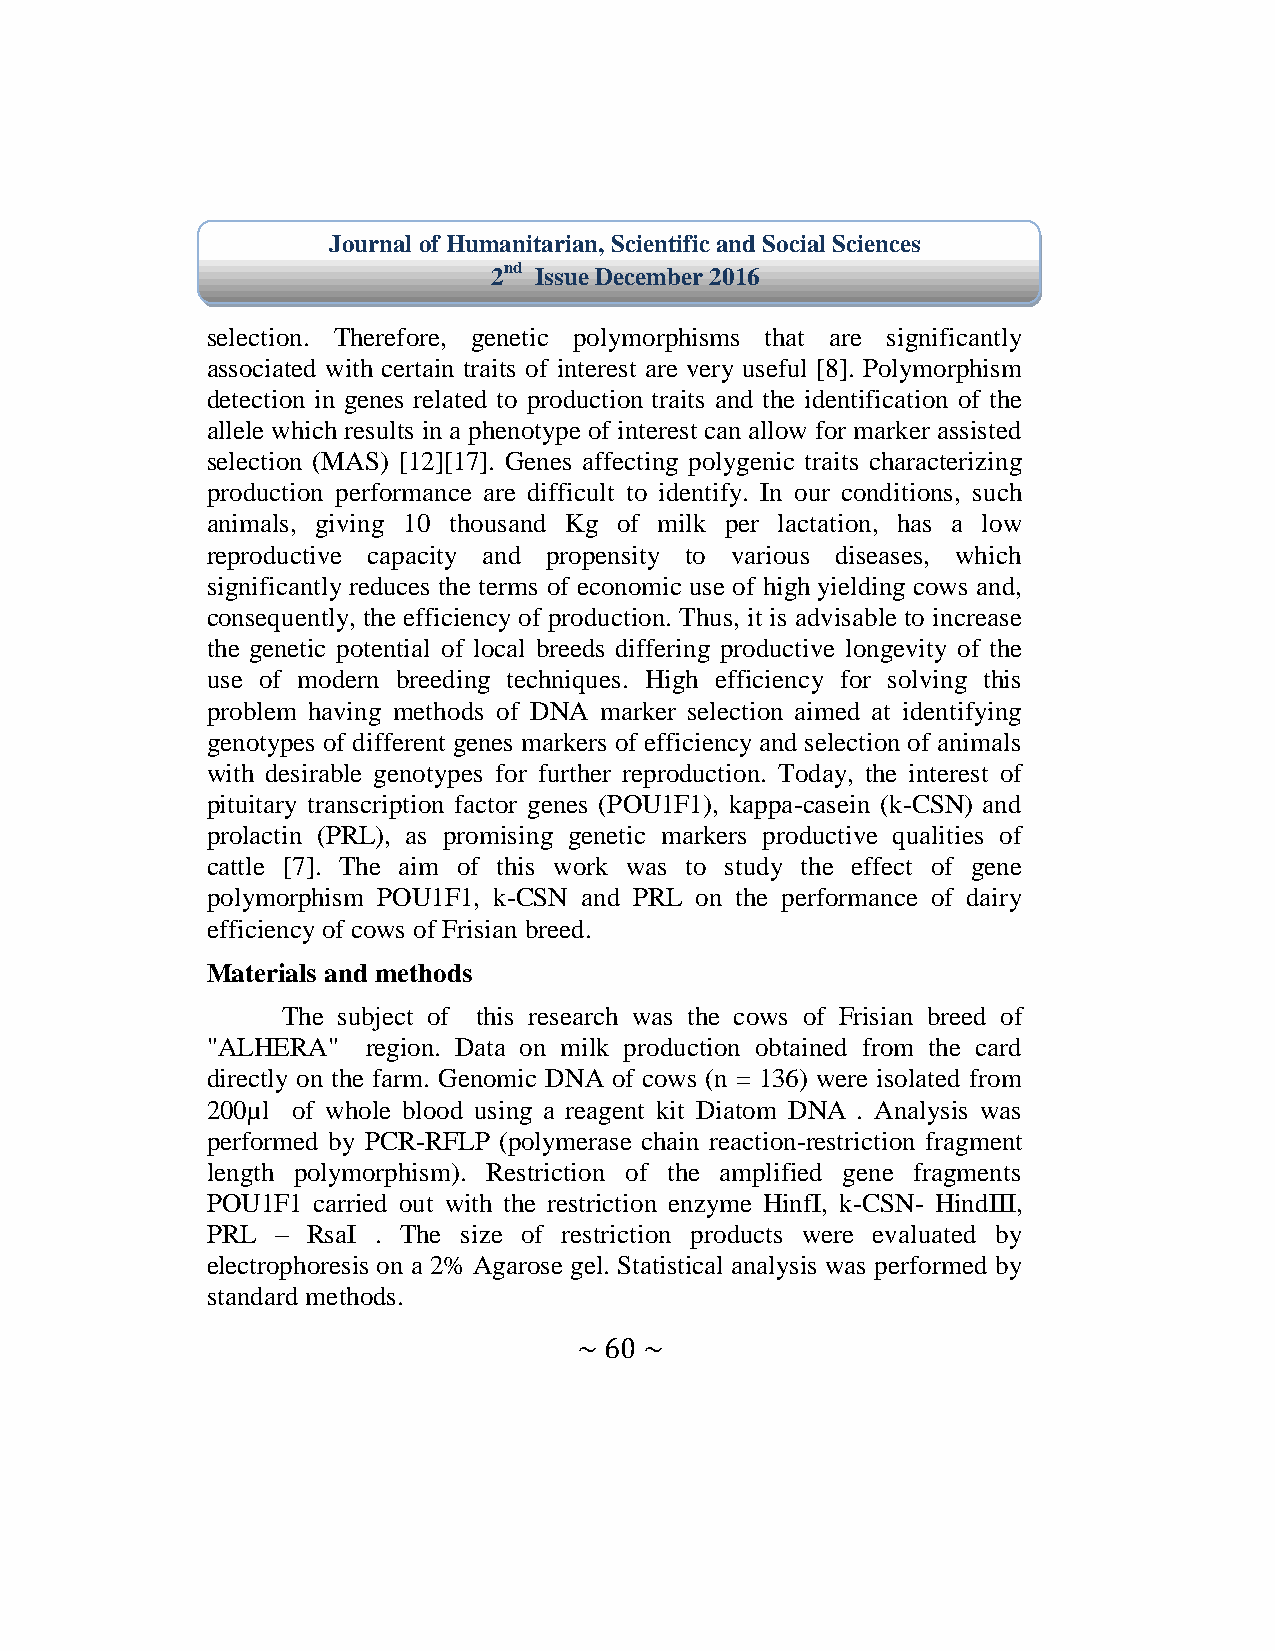
Journal of Humanitarian, Scientific and Social Sciences
 2nd Issue December 2016
 selection. Therefore, genetic polymorphisms that are significantly
 associated with certain traits of interest are very useful [8]. Polymorphism
 detection in genes related to production traits and the identification of the
 allele which results in a phenotype of interest can allow for marker assisted
 selection (MAS) [12][17]. Genes affecting polygenic traits characterizing
 production performance are difficult to identify. In our conditions, such
 animals, giving 10 thousand Kg of milk per lactation, has a low
 reproductive capacity and propensity to various diseases, which
 significantly reduces the terms of economic use of high yielding cows and,
 consequently, the efficiency of production. Thus, it is advisable to increase
 the genetic potential of local breeds differing productive longevity of the
 use of modern breeding techniques. High efficiency for solving this
 problem having methods of DNA marker selection aimed at identifying
 genotypes of different genes markers of efficiency and selection of animals
 with desirable genotypes for further reproduction. Today, the interest of
 pituitary transcription factor genes (POU1F1), kappa-casein (k-CSN) and
 prolactin (PRL), as promising genetic markers productive qualities of
 cattle [7]. The aim of this work was to study the effect of gene
 polymorphism POU1F1, k-CSN and PRL on the performance of dairy
 efficiency of cows of Frisian breed.
 Materials and methods
 The subject of this research was the cows of Frisian breed of
 "ALHERA"  region. Data on milk production obtained from the card
 directly on the farm. Genomic DNA of cows (n = 136) were isolated from
 200µl of whole blood using a reagent kit Diatom DNA . Analysis was
 performed by PCR-RFLP (polymerase chain reaction-restriction fragment
 length polymorphism). Restriction of the amplified gene fragments
 POU1F1 carried out with the restriction enzyme HinfI, k-CSN- HindIII,
 PRL – RsaI . The size of restriction products were evaluated by
 electrophoresis on a 2% Agarose gel. Statistical analysis was performed by
 standard methods.
 ~ 60 ~